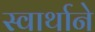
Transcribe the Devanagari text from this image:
स्वार्थाने